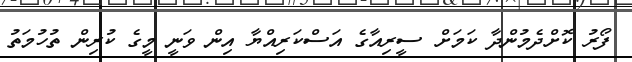
ފޯރު ކޮށްދެމުންދާ ކަމަށް ސީރިއާގެ އަސްކަރިއްޔާ އިން ވަނީ މީގެ ކުރިން ތުހުމަތު